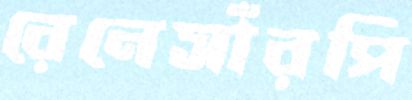
রেনেসাঁরপি